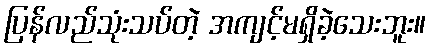
ပြန်လည်သုံးသပ်တဲ့ အကျင့်မရှိခဲ့သေးဘူး။